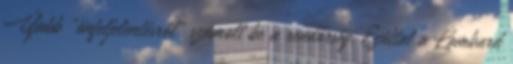
Újabb „önfeljelentésről” számolt be a rendőrség. Ezúttal a Lombard